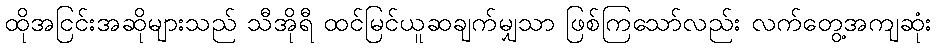
ထိုအငြင်းအဆိုများသည် သီအိုရီ ထင်မြင်ယူဆချက်မျှသာ ဖြစ်ကြသော်လည်း လက်တွေ့အကျဆုံး